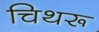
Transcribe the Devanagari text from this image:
चिथरू